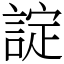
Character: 諚